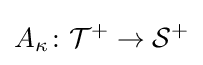
A_{\kappa }\colon {\mathcal {T}}^{+}\to {\mathcal {S}}^{+}